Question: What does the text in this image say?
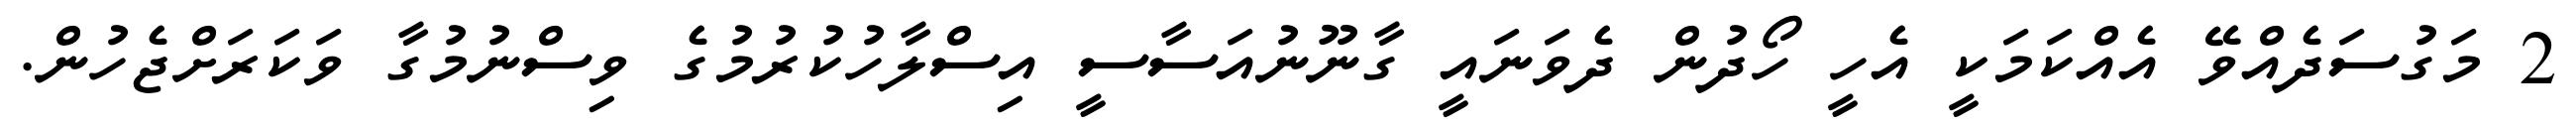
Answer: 2 މަގުސަދެއްވޭ އެއްކަމަކީ އެހީ ހޯދުން ދެވަނައީ ގާނޫނުއަސާސީ އިސްލާހުކުރުމުގެ ވިސްނުމުގާ ވަކަރަށްޖެހުން.